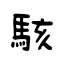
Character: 駭